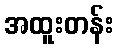
အထူးတန်း